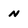
Character: N